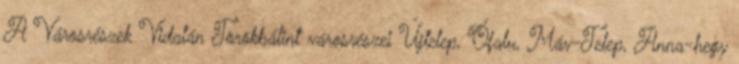
A Városrészek Vidalán Törökbálint városrészei Újtelep, Ófalu, Máv-Telep, Anna-hegy